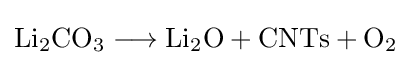
{\mathrm {Li} {\vphantom {A}}_{\smash[{t}]{2}}\mathrm {CO} {\vphantom {A}}_{\smash[{t}]{3}}{}\mathrel {\longrightarrow } {}\mathrm {Li} {\vphantom {A}}_{\smash[{t}]{2}}\mathrm {O} {}+{}\mathrm {CNTs} {}+{}\mathrm {O} {\vphantom {A}}_{\smash[{t}]{2}}}